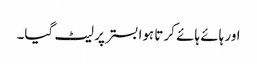
اور ہائے ہائے کرتا ہوا بستر پر لیٹ گیا۔